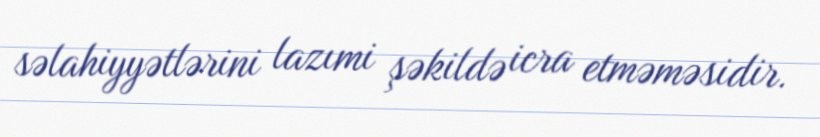
səlahiyyətlərini lazımi şəkildə icra etməməsidir.